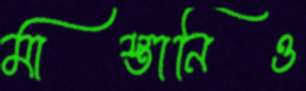
মাস্তানিও